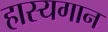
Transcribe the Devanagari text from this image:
हास्यगान